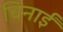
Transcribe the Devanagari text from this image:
चिनाईं